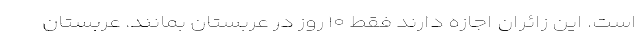
است. این زائران اجازه دارند فقط ۱۰ روز در عربستان بمانند. عربستان